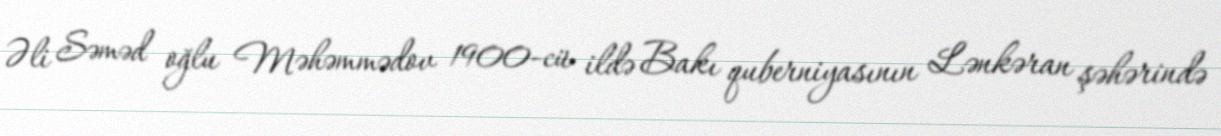
Əli Səməd oğlu Məhəmmədov 1900-cü ildə Bakı quberniyasının Lənkəran şəhərində